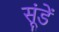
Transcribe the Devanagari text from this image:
सूंडें